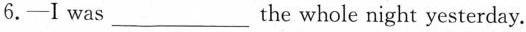
6.-Iwas___ the whole night yesterday.